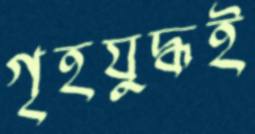
গৃহযুদ্ধই